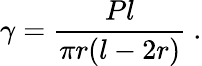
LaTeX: \gamma={\frac{Pl}{\pi r(l-2r)}}~.